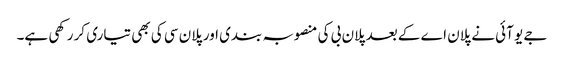
جے یو آئی نے پلان اے کے بعد پلان بی کی منصوبہ بندی اور پلان سی کی بھی تیاری کر رکھی ہے۔